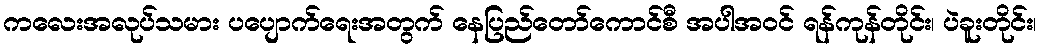
ကလေးအလုပ်သမား ပပျောက်ရေးအတွက် နေပြည်တော်ကောင်စီ အပါအဝင် ရန်ကုန်တိုင်း၊ ပဲခူးတိုင်း၊